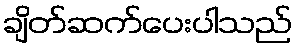
ချိတ်ဆက်ပေးပါသည်